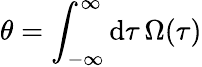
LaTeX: \theta=\int_{-\infty}^{\infty}\mathrm{d}\tau\, \Omega(\tau)